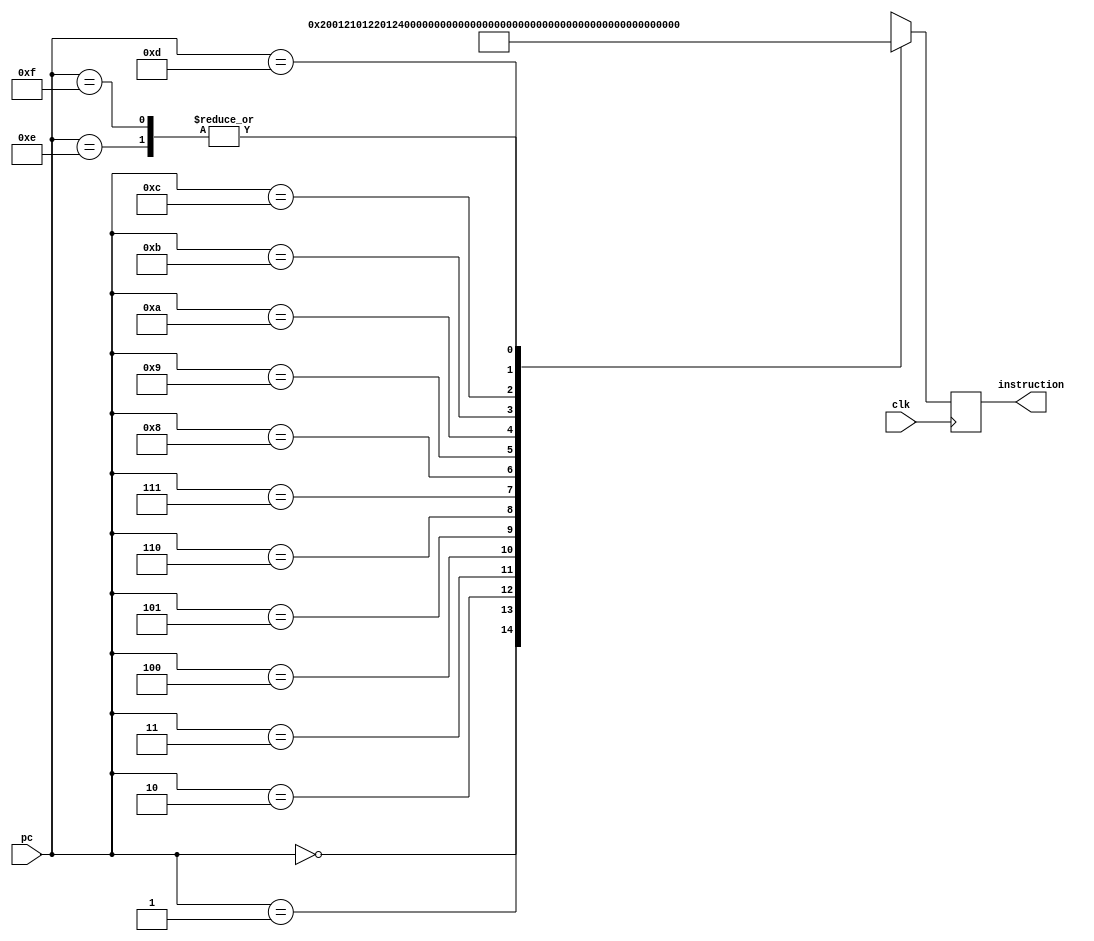
module i_memory_f(
input clk,
input [0:3]pc,
output reg [0:15]instruction
    );

//reg [0:15]data_reg;
wire [0:15]i_memory[0:15];    //memory to store instructions.//	//in2D memeory first bracket shows the no. of column and the second bracket shows the no. of rows//
assign i_memory[0]={16'b0010000000000001};	//MOV
assign i_memory[1]={16'b0010000100000001};	//ADD
assign i_memory[2]={16'b0010001000000001};	//ADC
assign i_memory[3]={16'b0010001100000001};
assign i_memory[4]={16'b0010010000000001};
assign i_memory[5]={16'b0010011000000001};
assign i_memory[6]={16'b0010011100000001};
assign i_memory[7]={16'b0010100100000001};
assign i_memory[8]={16'b0010101000000001};
assign i_memory[9]={16'b0010101100000001};
assign i_memory[10]={16'b0010100000000001};
assign i_memory[11]={16'b0010110000000001};
assign i_memory[12]={16'b0010110100000001};
assign i_memory[13]={16'b1000000000000001};
assign i_memory[14]={16'b1001000000000001};
assign i_memory[15]={16'b1001000000000001};
/*assign i_memory[16]={16'b1010001101100011};
assign i_memory[17]={16'b0001001101100011};
assign i_memory[18]={16'b1000000000000000};
*/


always @ (posedge clk)begin
	instruction=i_memory[pc];
end

endmodule